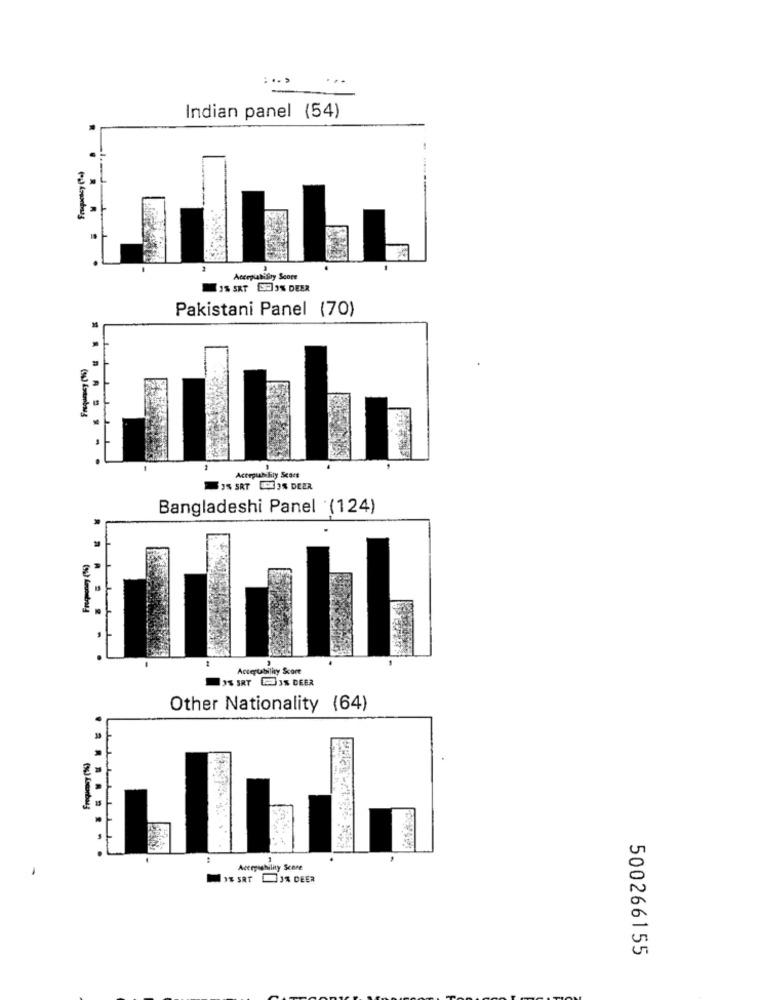
: .. >
Indian panel (54)
Acceplability Score
1% SRT 9 3% DEER
Pakistani Panel (70)
Actepiabilly Score
3% SRT CES DEER
Bangladeshi Panel (124)
Freqmoney (9%)
Acceptability Score
3% SRY IS DEER
Other Nationality (64)
...
....
Accepsability Score
IF SAT JA DEER
500266155